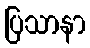
ပြသာနာ